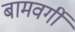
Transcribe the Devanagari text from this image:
बामवर्गी